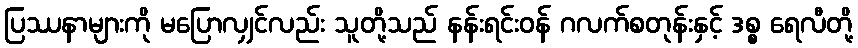
ပြဿနာများကို မပြောလျှင်လည်း သူတို့သည် နန်းရင်းဝန် ဂလက်စတုန်းနှင့် ဒစ္စ ရေလီတို့